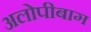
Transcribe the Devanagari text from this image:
अलोपीबाग